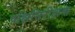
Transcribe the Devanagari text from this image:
पक्षिनिरीक्षक